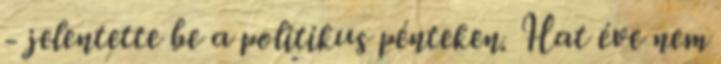
- jelentette be a politikus pénteken. Hat éve nem